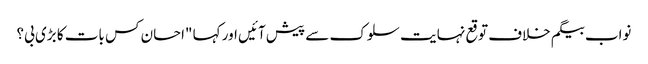
نواب بیگم خلاف توقع نہایت سلوک سے پیش آئیں اور کہا "احسان کس بات کا بڑی بی؟